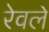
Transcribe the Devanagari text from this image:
रेवले